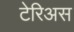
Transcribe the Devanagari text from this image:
टेरिअस